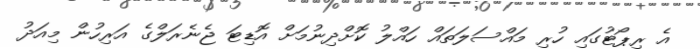
އެ ރިޕޯޓުގައި ހުރި މައްސަލަތައް ހައްލު ކޮށްދިނުމަށް އޮޑިޓަ ޖެނެރަލްގެ އަރިހުން މިއަދު